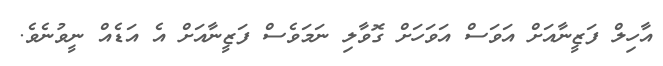
އާހިލް ފަޒީނާއަށް އަވަސް އަވަހަށް ގޮވާލި ނަމަވެސް ފަޒީނާއަށް އެ އަޑެއް ނީވުނެވެ.